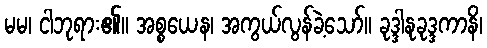
မမ၊ ငါဘုရား၏။ အစ္စယေန၊ အကွယ်လွန်ခဲ့သော်။ ခုဒ္ဒါနုခုဒ္ဒကာနိ၊